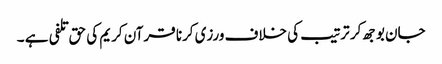
جان بوجھ کر ترتیب کی خلاف ورزی کرنا قرآن کریم کی حق تلفی ہے ۔